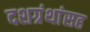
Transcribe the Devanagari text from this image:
दशग्रंथांसह